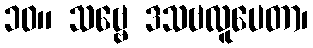
၁၀။ သဗ္ဗေ ဒသဗလူပေတာ၊